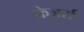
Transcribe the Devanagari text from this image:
फ्रेजर्स